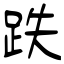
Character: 跌